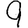
Digit: 9